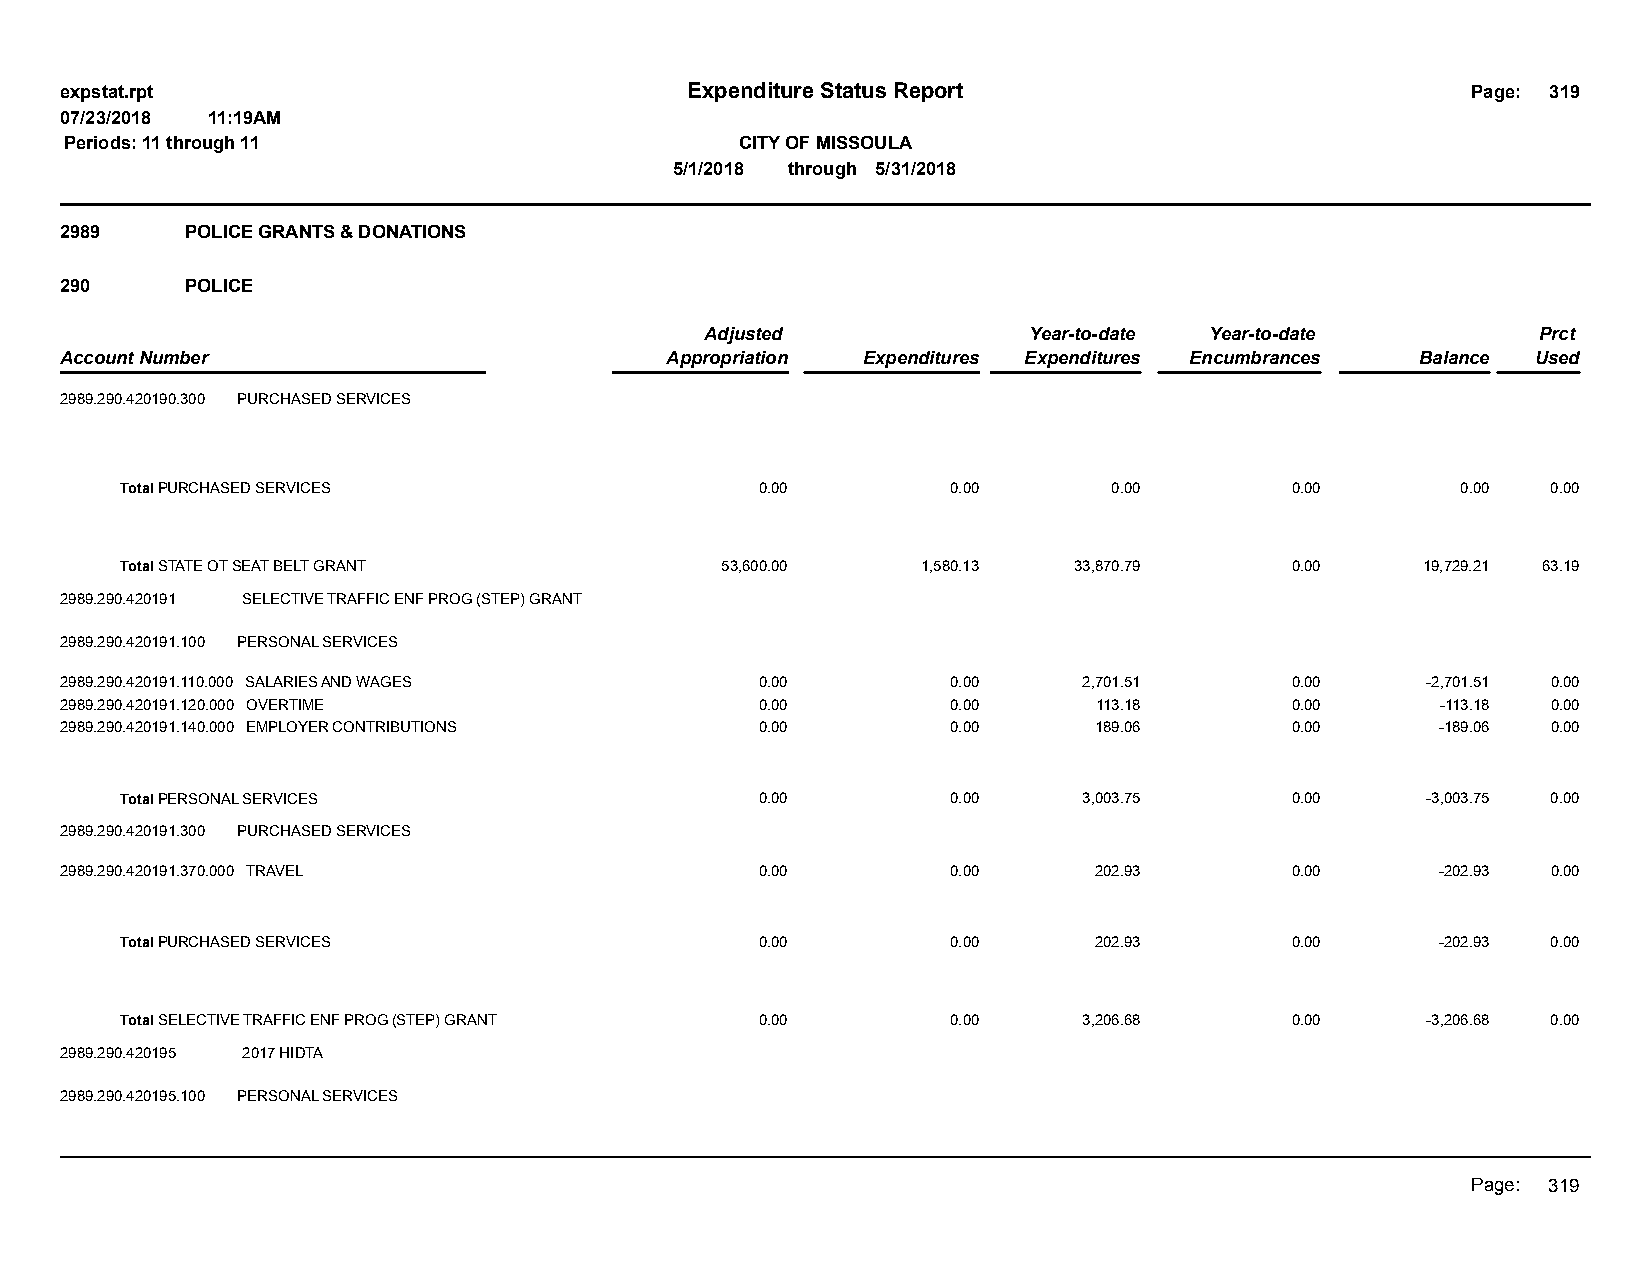
expstat.rpt                              Expenditure Status Report                           Page: 319
 07/23/2018 11:19AM
 Periods: 11 through 11                       CITY OF MISSOULA
 5/1/2018 through 5/31/2018
 2989    POLICE GRANTS & DONATIONS
 290     POLICE
 Adjusted             Year-to-date Year-to-date         Prct
 Account Number                          Appropriation Expenditures Expenditures Encumbrances Balance Used
 2989.290.420190.300 PURCHASED SERVICES
 Total PURCHASED SERVICES                  0.00         0.00       0.00       0.00        0.00  0.00
 Total STATE OT SEAT BELT GRANT          53,600.00    1,580.13  33,870.79     0.00     19,729.21 63.19
 2989.290.420191 SELECTIVE TRAFFIC ENF PROG (STEP) GRANT
 2989.290.420191.100 PERSONAL SERVICES
 2989.290.420191.110.000 SALARIES AND WAGES    0.00         0.00     2,701.51     0.00     -2,701.51 0.00
 2989.290.420191.120.000 OVERTIME              0.00         0.00      113.18      0.00      -113.18 0.00
 2989.290.420191.140.000 EMPLOYER CONTRIBUTIONS 0.00        0.00     189.06       0.00      -189.06 0.00
 Total PERSONAL SERVICES                   0.00         0.00     3,003.75     0.00     -3,003.75 0.00
 2989.290.420191.300 PURCHASED SERVICES
 2989.290.420191.370.000 TRAVEL                0.00         0.00     202.93       0.00      -202.93 0.00
 Total PURCHASED SERVICES                  0.00         0.00     202.93       0.00      -202.93 0.00
 Total SELECTIVE TRAFFIC ENF PROG (STEP) GRANT 0.00     0.00     3,206.68     0.00     -3,206.68 0.00
 2989.290.420195 2017 HIDTA
 2989.290.420195.100 PERSONAL SERVICES
 Page: 319